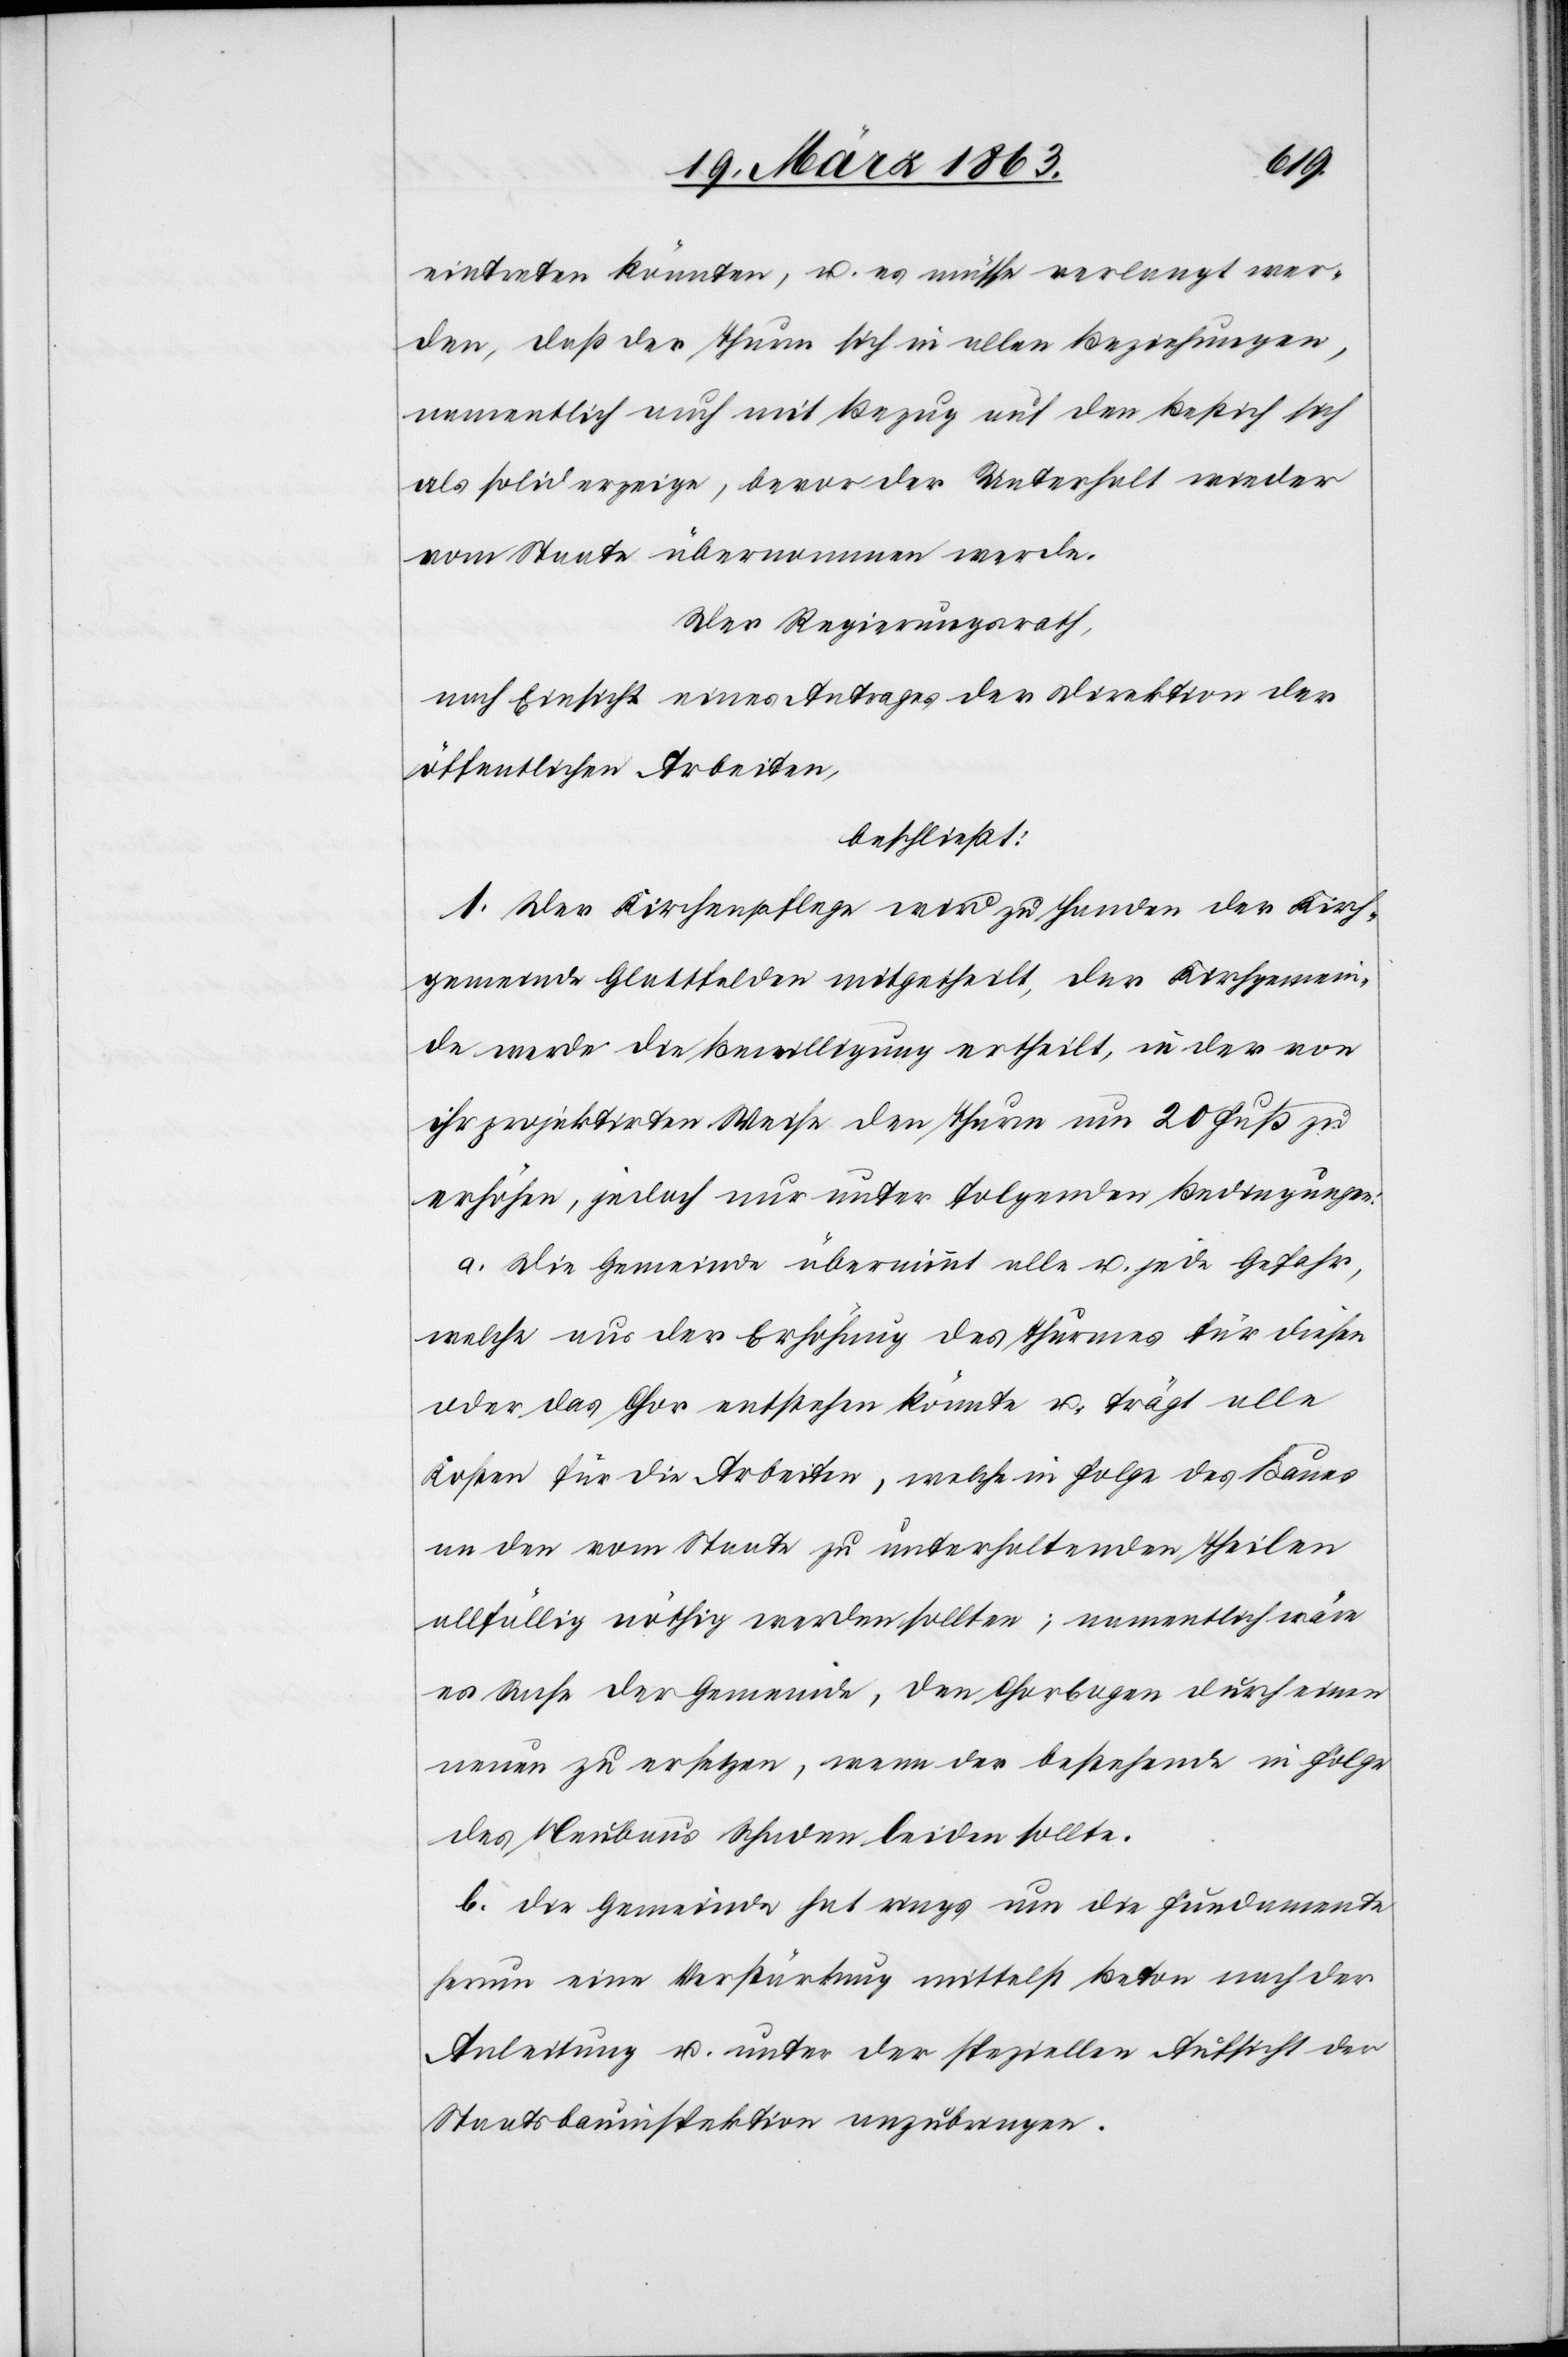
eintreten könnten, u. es müsse verlangt wer¬
den, daß der Thurm sich in allen Beziehungen,
namentlich auch mit Bezug auf den Bestich sich
als solid erzeige, bevor der Unterhalt wieder
vom Staate übernommen werde.
Der Regierungsrath,
nach Einsicht eines Antrages der Direktion der
öffentlichen Arbeiten,
beschließt:
1. Der Kirchenpflege wird zu Handen der Kirch¬
gemeinde Glattfelden mitgetheilt, der Kirchgemein¬
de werde die Bewilligung ertheilt, in der von
ihr projektirten Weise den Thurm um 20 Fuß zu
erhöhen, jedoch nur unter folgenden Bedingungen:
a. Die Gemeinde übernimmt alle u. jede Gefahr,
welche aus der Erhöhung des Thurmes für diesen
oder das Chor entstehen könnte u. trägt alle
Kosten für die Arbeiten, welche in Folge des Baues
an den vom Staate zu unterhaltenden Theilen
allfällig nöthig werden sollten; namentlich wäre
es Sache der Gemeinde, den Chorbogen durch einen
neuen zu ersetzen, wenn der bestehende in Folge
des Neubaus Schaden leiden sollte.
b. die Gemeinde hat rings um die Fundamente
herum eine Verstärkung mittelst Beton nach der
Anleitung u. unter der speziellen Aufsicht der
Staatsbauinspektion anzubringen.